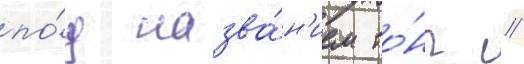
по́д назва́н'ием то́нг //